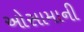
ઓસામાની